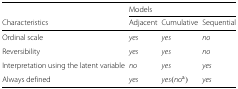
<table><thead><tr><td></td><td colspan="3"><b>Models</b></td></tr><tr><td><b>Characteristics</b></td><td><b>Adjacent</b></td><td><b>Cumulative</b></td><td><b>Sequential</b></td></tr></thead><tbody><tr><td>Ordinal scale</td><td><i>yes</i></td><td><i>yes</i></td><td><i>no</i></td></tr><tr><td>Reversibility</td><td><i>yes</i></td><td><i>yes</i></td><td><i>no</i></td></tr><tr><td>Interpretation using the latent variable</td><td><i>no</i></td><td><i>yes</i></td><td><i>yes</i></td></tr><tr><td>Always defined</td><td><i>yes</i></td><td><i>yes</i>(<i>no</i><sup>a</sup>)</td><td><i>yes</i></td></tr></tbody></table>